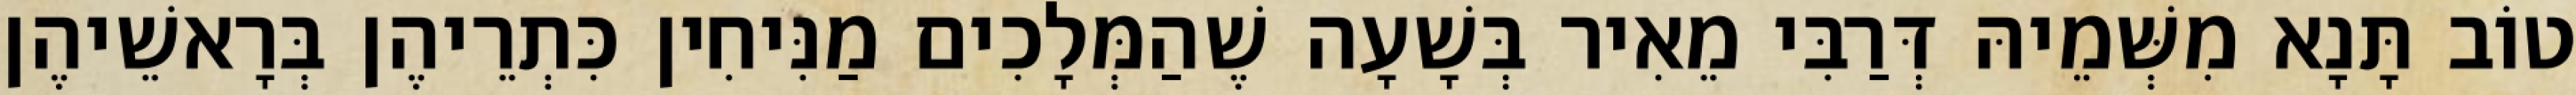
טוֹב תָּנָא מִשְּׁמֵיהּ דְּרַבִּי מֵאִיר בְּשָׁעָה שֶׁהַמְּלָכִים מַנִּיחִין כִּתְרֵיהֶן בְּרָאשֵׁיהֶן